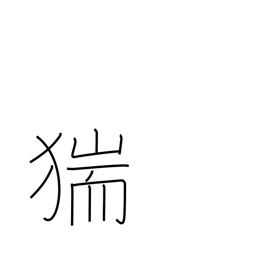
Meaning: wild boar